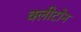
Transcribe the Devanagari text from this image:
क्‍लीटोन